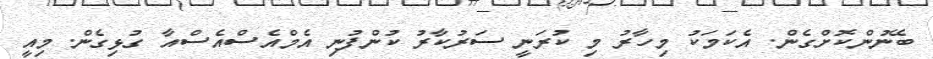
ބޭނުންކޮށްގެން. އެކަމަކު މިހާރު މި ކުރަނީ ސަރުކާރު ކުންފުނި އެމްއެސްއެސްއާ ގުޅިގެން. މިއީ